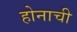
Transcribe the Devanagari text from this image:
होनाची